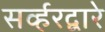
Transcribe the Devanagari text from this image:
सर्व्हरद्वारे